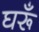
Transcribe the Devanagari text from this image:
घरूँ